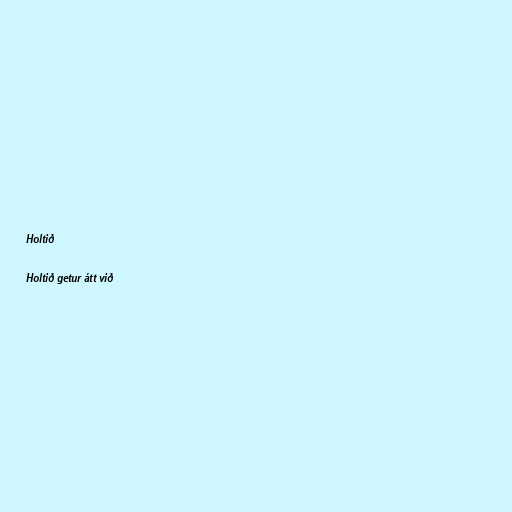
Holtið

Holtið getur átt við